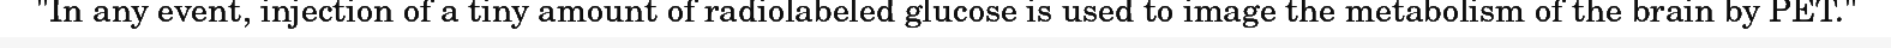
"In any event, injection of a tiny amount of radiolabeled glucose is used to image the metabolism of the brain by PET."